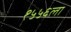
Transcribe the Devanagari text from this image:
१५५६ला